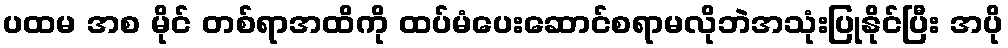
ပထမ အစ မိုင် တစ်ရာအထိကို ထပ်မံပေးဆောင်စရာမလိုဘဲအသုံးပြုနိုင်ပြီး အပို